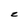
Character: z